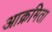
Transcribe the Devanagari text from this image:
आक्रमिता